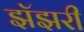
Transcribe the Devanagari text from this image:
झॅझरी